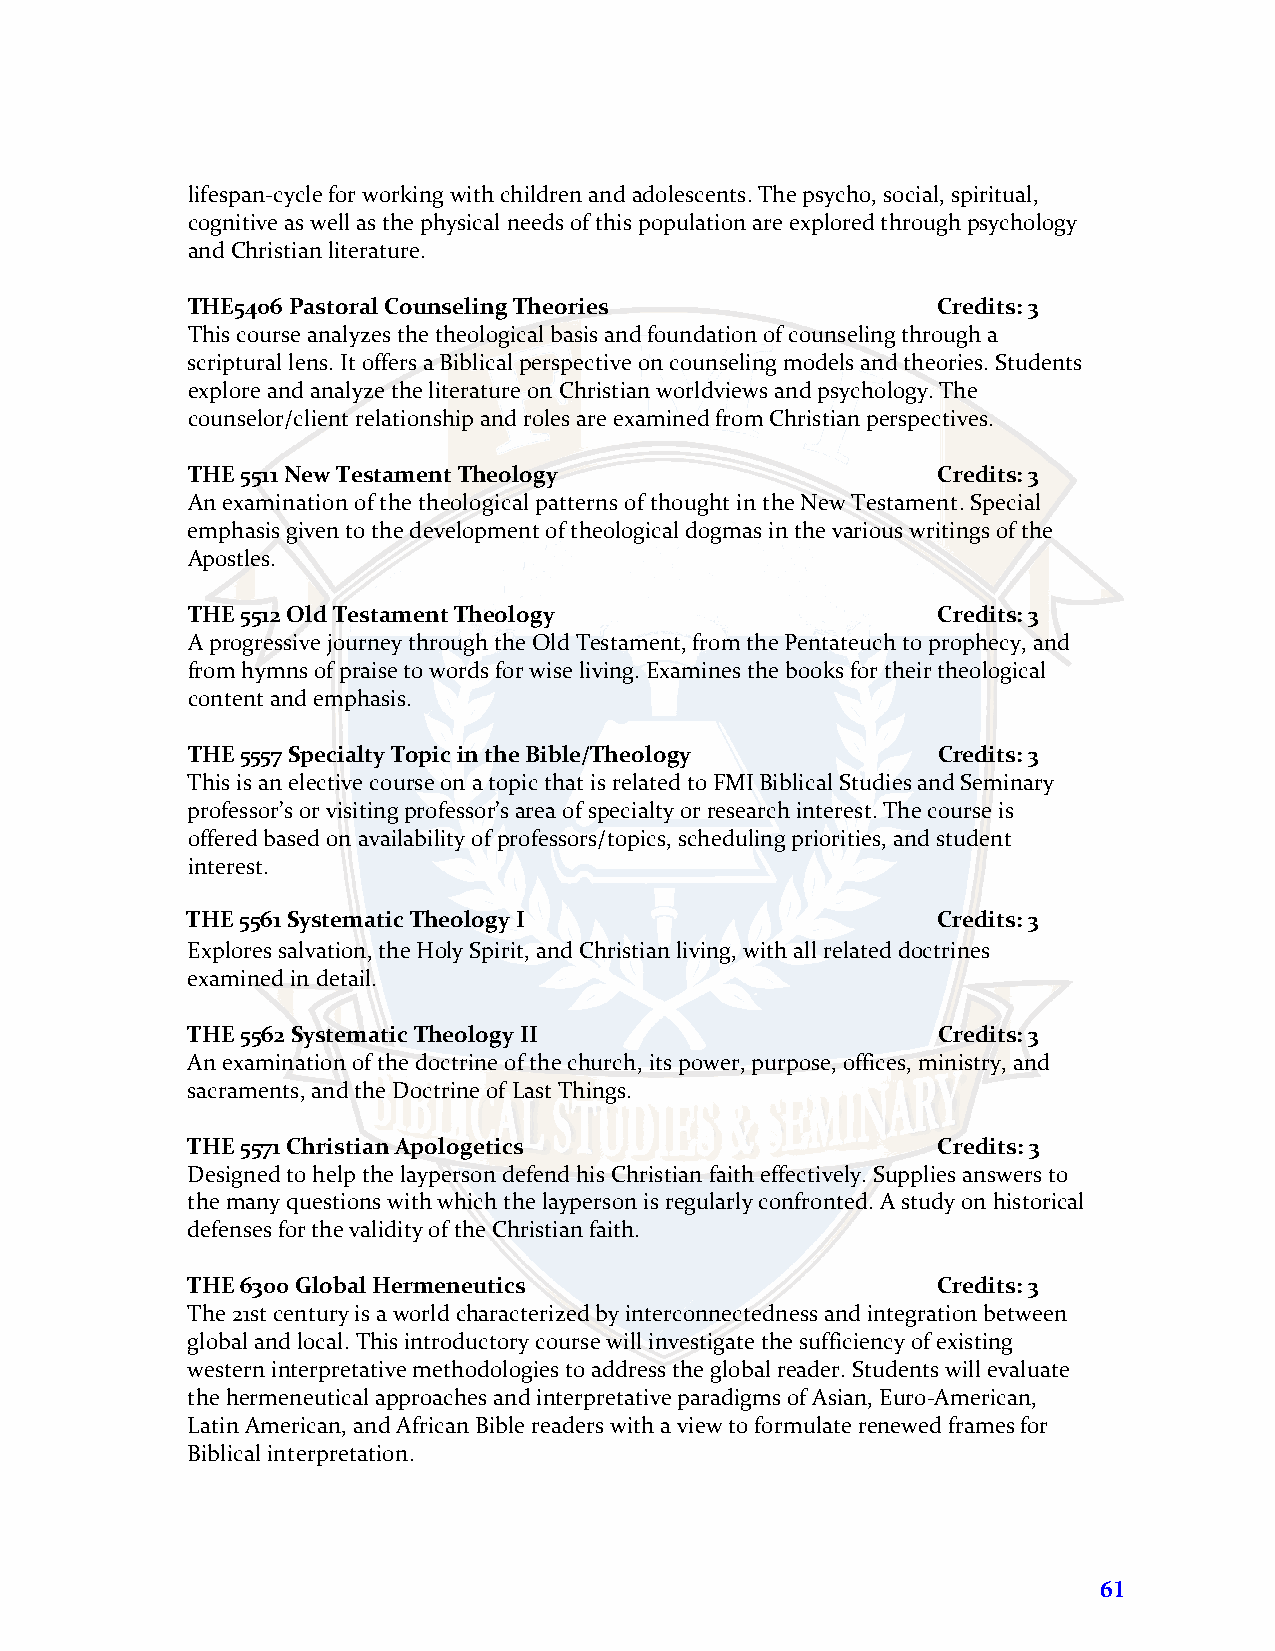
lifespan-cycle for working with children and adolescents. The psycho, social, spiritual,
 cognitive as well as the physical needs of this population are explored through psychology
 and Christian literature.
 THE5406 Pastoral Counseling Theories              Credits: 3
 This course analyzes the theological basis and foundation of counseling through a
 scriptural lens. It offers a Biblical perspective on counseling models and theories. Students
 explore and analyze the literature on Christian worldviews and psychology. The
 counselor/client relationship and roles are examined from Christian perspectives.
 THE 5511 New Testament Theology                   Credits: 3
 An examination of the theological patterns of thought in the New Testament. Special
 emphasis given to the development of theological dogmas in the various writings of the
 Apostles.
 THE 5512 Old Testament Theology                   Credits: 3
 A progressive journey through the Old Testament, from the Pentateuch to prophecy, and
 from hymns of praise to words for wise living. Examines the books for their theological
 content and emphasis.
 THE 5557 Specialty Topic in the Bible/Theology    Credits: 3
 This is an elective course on a topic that is related to FMI Biblical Studies and Seminary
 professor’s or visiting professor’s area of specialty or research interest. The course is
 offered based on availability of professors/topics, scheduling priorities, and student
 interest.
 THE 5561 Systematic Theology I                    Credits: 3
 Explores salvation, the Holy Spirit, and Christian living, with all related doctrines
 examined in detail.
 THE 5562 Systematic Theology II                   Credits: 3
 An examination of the doctrine of the church, its power, purpose, offices, ministry, and
 sacraments, and the Doctrine of Last Things.
 THE 5571 Christian Apologetics                    Credits: 3
 Designed to help the layperson defend his Christian faith effectively. Supplies answers to
 the many questions with which the layperson is regularly confronted. A study on historical
 defenses for the validity of the Christian faith.
 THE 6300 Global Hermeneutics                      Credits: 3
 The 21st century is a world characterized by interconnectedness and integration between
 global and local. This introductory course will investigate the sufficiency of existing
 western interpretative methodologies to address the global reader. Students will evaluate
 the hermeneutical approaches and interpretative paradigms of Asian, Euro-American,
 Latin American, and African Bible readers with a view to formulate renewed frames for
 Biblical interpretation.
 61